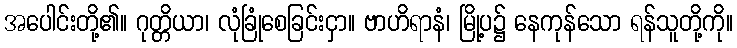
အပေါင်းတို့၏။ ဂုတ္တိယာ၊ လုံခြုံစေခြင်းငှာ။ ဗာဟိရာနံ၊ မြို့ပ၌ နေကုန်သော ရန်သူတို့ကို။